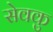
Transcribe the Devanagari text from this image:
सेवकु